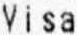
VISA